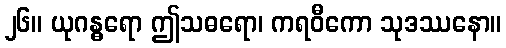
၂၆။ ယုဂန္ဓရော ဤသဓရော၊ ကရဝီကော သုဒဿနော။